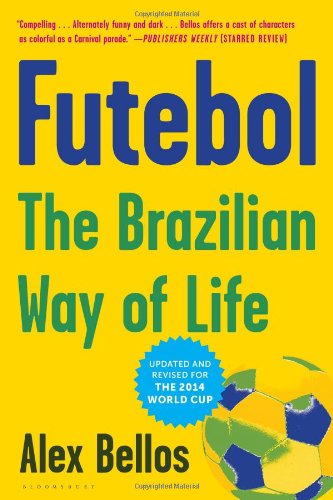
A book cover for Futebol: The Brazilian Way of Life; Alex Bellos; Sports & Outdoors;